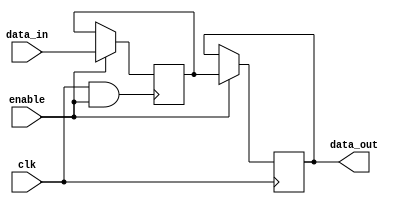
module MemoryBlock (
    input wire clk,          // Main clock signal
    input wire enable,       // Enable signal for clock gating
    input wire [7:0] data_in, // Data input
    output reg [7:0] data_out // Data output
);

// Memory storage (8x8 bits for example)
reg [7:0] memory [0:7];

// Clock gating logic
wire gated_clk;
assign gated_clk = clk & enable; // AND gate for clock gating

// Memory read/write operations
always @(posedge gated_clk) begin
    if (enable) begin
        // Sample write operation (for this example, we write to memory address 0)
        memory[0] <= data_in;
    end
end

// Read operation (for this example, we read from memory address 0)
always @(posedge clk) begin
    if (!enable) begin
        // When clock is gated, output is not updated
        data_out <= data_out; // Retain previous value
    end else begin
        // Output the data from memory address 0 when enabled
        data_out <= memory[0];
    end
end

endmodule